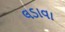
લડાવા